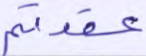
عقدتم